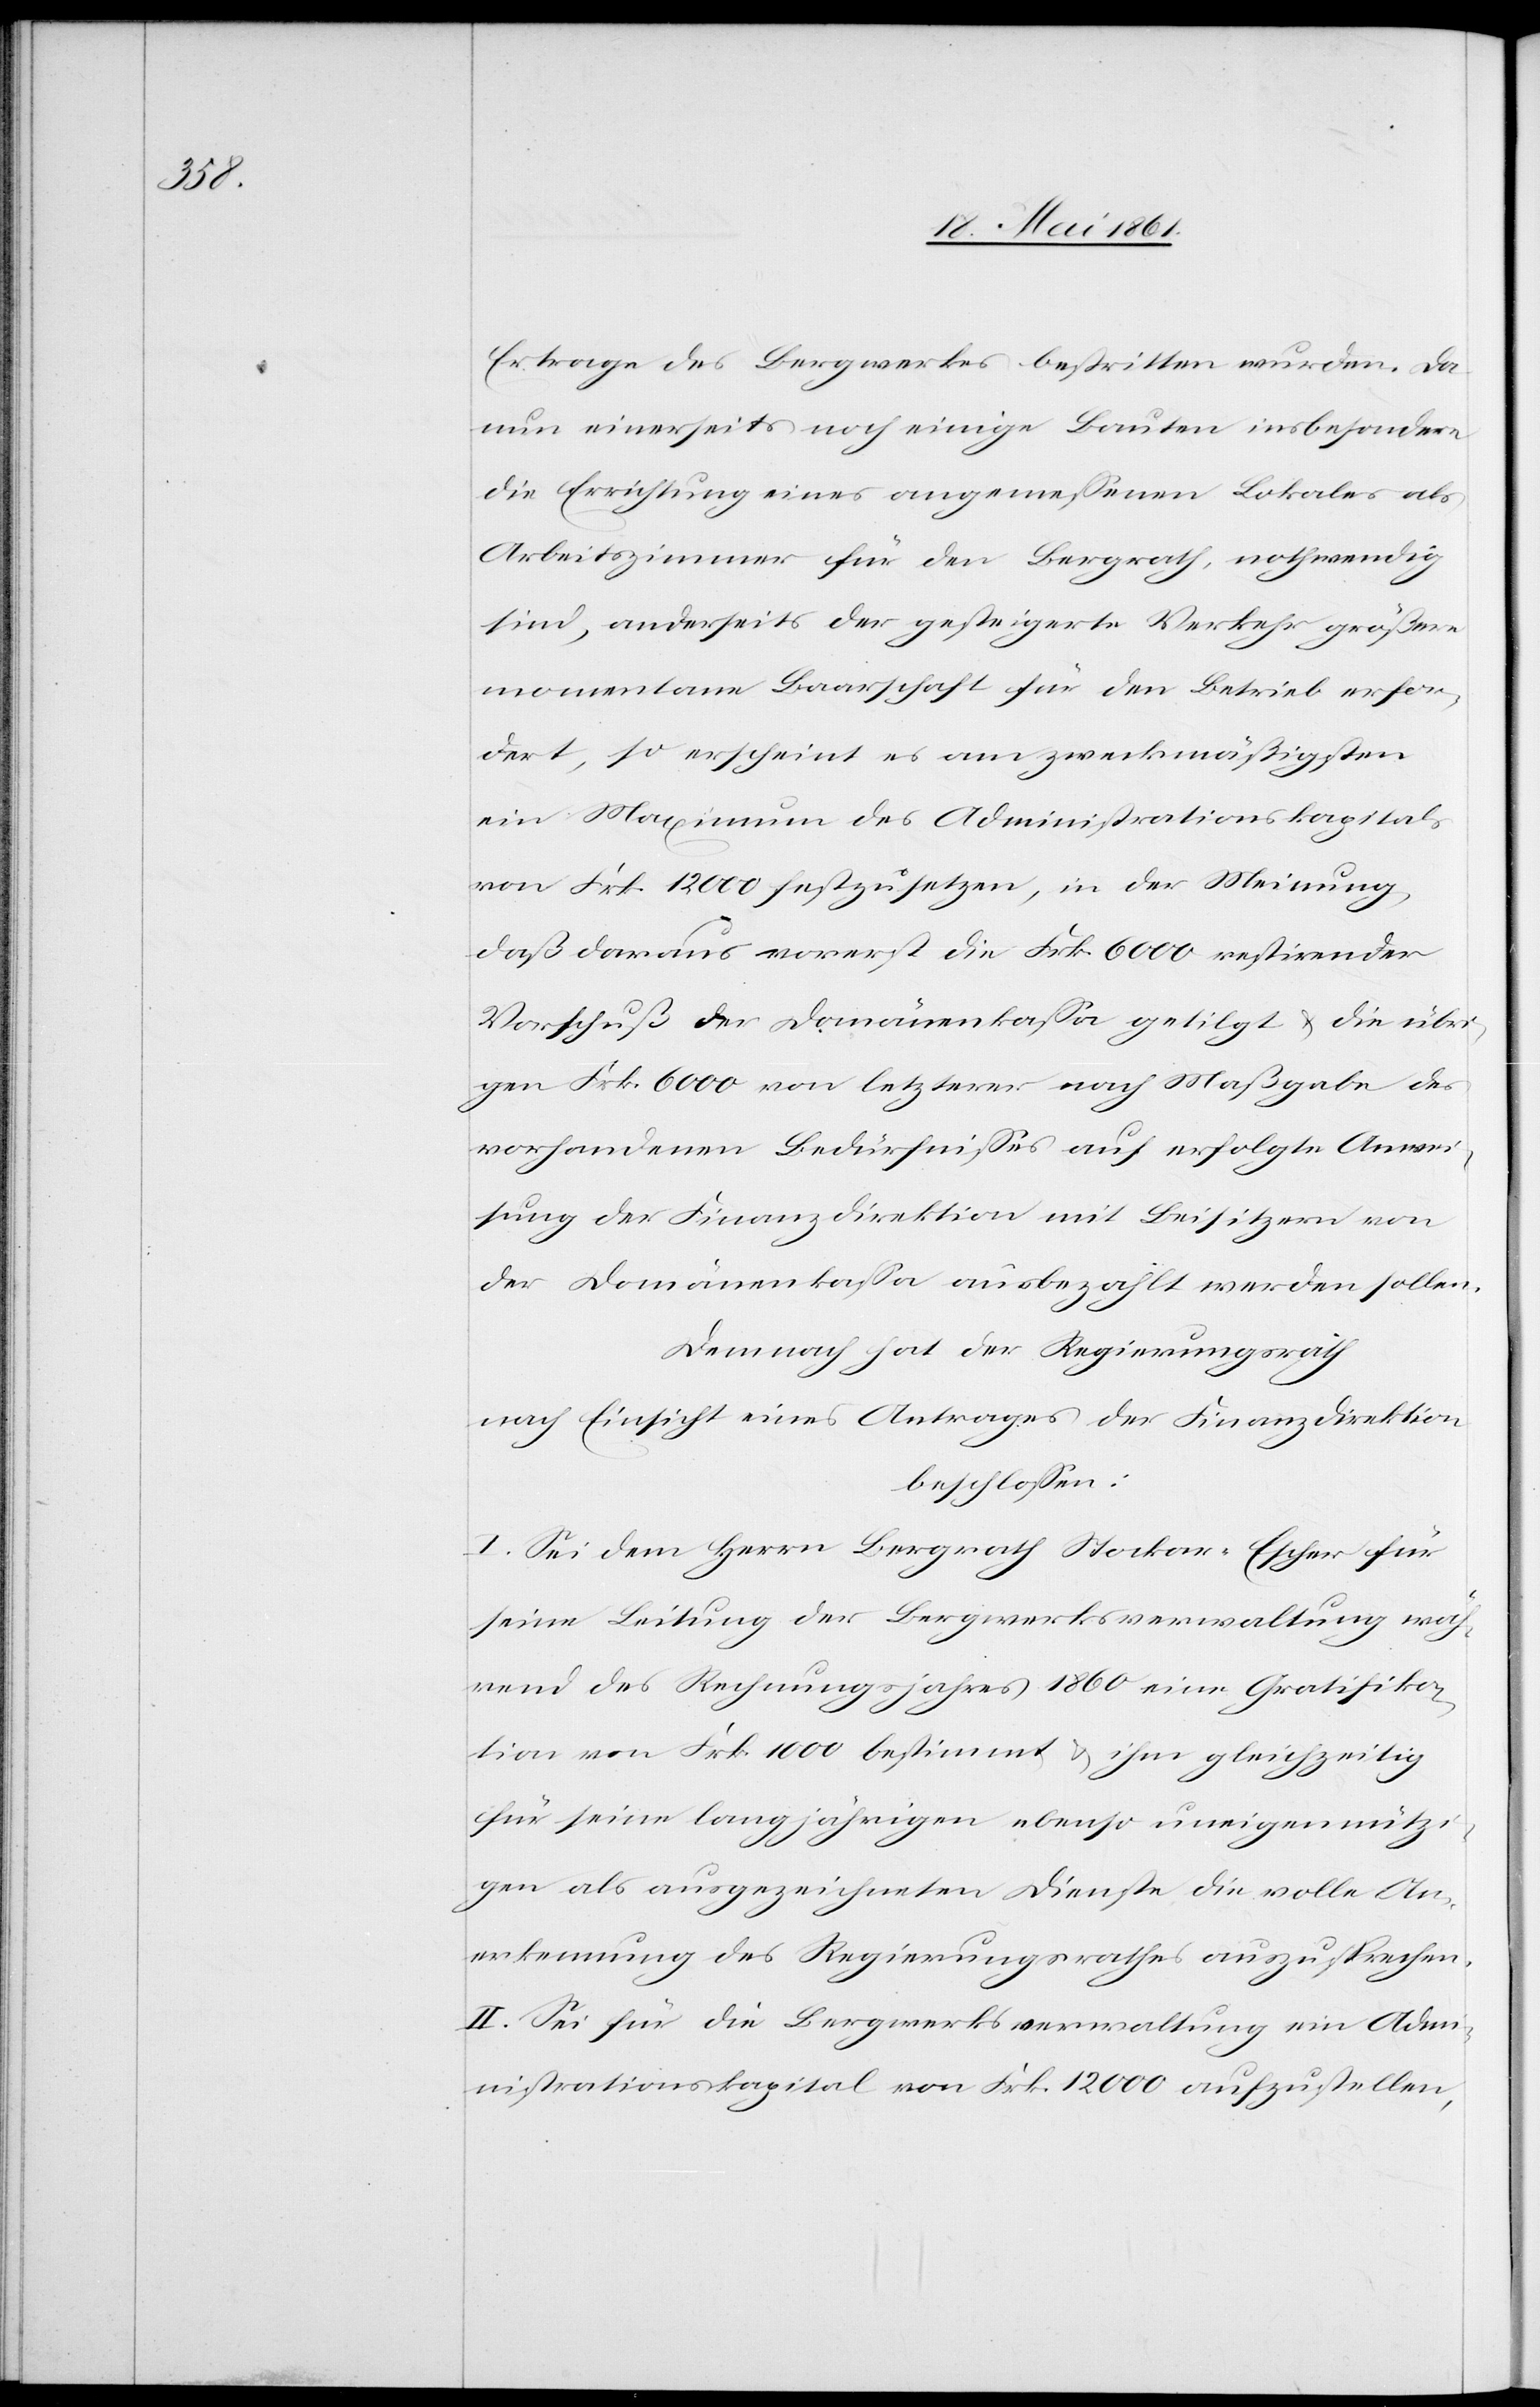
Ertrage des Bergwerkes bestritten wurden. Da
nun einerseits noch einige Bauten insbesondere
die Errichtung eines angemessenen Lokales als
Arbeitszimmer für den Bergrath, nothwendig
sind, anderseits der gesteigerte Verkehr größere
Momentane Baarschaft für den Betrieb erfor¬
dert, so erscheint es am zweckmäßigsten
ein Maximum des Administrationskapitals
von Frk. 12 000 festzusetzen, in der Meinung,
daß daraus vorerst die Frk. 6000 restirender
Vorschuß der Domänenkassa getilgt u. die übri¬
gen Frk. 6000 von letzterer nach Maßgabe des
vorhandenen Bedürfnisses auf erfolgte Anwei¬
sung der Finanzdirektion mit Beisitzern von
der Domänenkassa ausbezahlt werden sollen.
Demnach hat der Regierungsrath
nach Einsicht eines Antrages der Finanzdirektion
beschlossen.
I. Sei dem Herrn Bergrath Stockar-Escher für
seine Leitung der Bergwerksverwaltung wäh¬
rend des Rechnungsjahres 1860 eine Gratifika¬
tion von Frk. 1000 bestimmt u. ihm gleichzeitig
für seine langjährigen ebenso uneigennützi¬
gen als ausgezeichneten Dienste die volle An¬
erkennung des Regierungsrathes auszusprechen.
II. Sei für die Bergwerksverwaltung ein Adm¬
inistrationskapital von Frk. 12 000 aufzustellen,